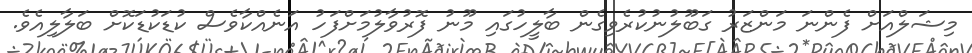
މިޝަލްއަށް ފެންނަ މަންޒަރު ގަބޫލުނުކުރެވިގެން ބާލީހުގައި މޫނު ފޮރުވާލުމަށްފަހު އަނެއްކާވެސް ކުޑަކުޑަކޮށް ބަލާލިއެވެ.